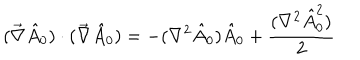
LaTeX: ( \vec { \nabla } \hat { A } _ { 0 } ) \cdot ( \vec { \nabla } \hat { A } _ { 0 } ) = - ( \nabla ^ { 2 } \hat { A } _ { 0 } ) \hat { A } _ { 0 } + \frac { ( \nabla ^ { 2 } \hat { A } _ { 0 } ^ { 2 } ) } { 2 }